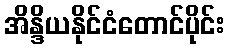
အိန္ဒိယနိုင်ငံတောင်ပိုင်း